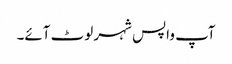
آپ واپس شہر لوٹ آئے۔